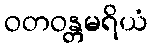
ဝတဝန္တမရိယံ